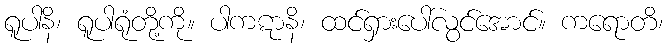
ရူပါနိ၊ ရူပါရုံတို့ကို။ ပါကဋာနိ၊ ထင်ရှားပေါ်လွင်အောင်။ ကရောတိ၊